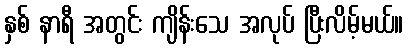
နှစ် နာရီ အတွင်း ကျိန်းသေ အလုပ် ပြီးလိမ့်မယ်။